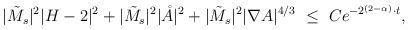
LaTeX: \begin{align*}\begin{aligned} |\tilde{M}_s|^2|H-2|^2+|\tilde{M}_s|^2|\mathring{A}|^2+|\tilde{M}_s|^2|\nabla A|^{4/3} ~\leq~&Ce^{-2^{(2-\alpha)}\cdot t},\end{aligned}\end{align*}